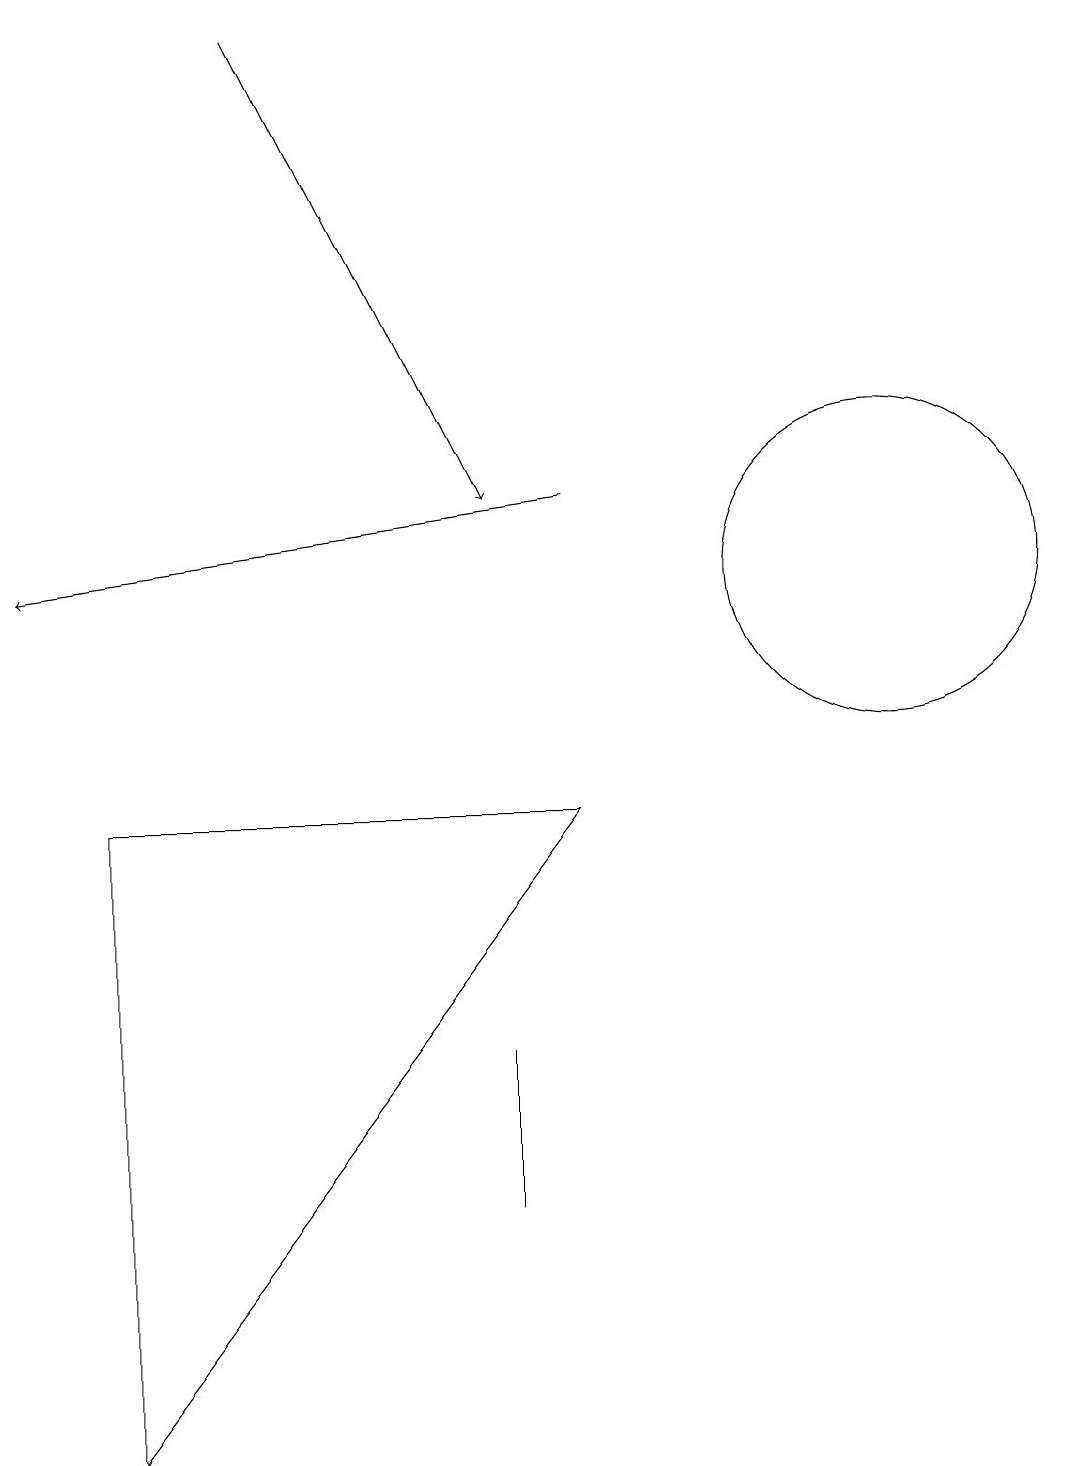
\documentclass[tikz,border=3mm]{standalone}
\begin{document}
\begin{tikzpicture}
\draw[->] (3,19) -- (6,13);
\draw (6,6) -- (6,4) -- (6,6) -- cycle;
\draw[->] (7,13) -- (0,12);
\draw (11,12) circle (2);
\draw (1,1) -- (7,9) -- (1,9) -- cycle;
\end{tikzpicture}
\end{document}